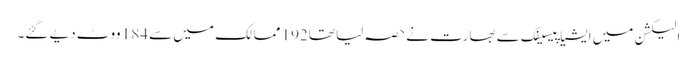
الیکشن میں ایشیا پیسیفک سے بھارت نے حصہ لیا تھا 192 ممالک میں سے 184 ووٹ دیے گئے۔